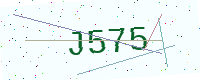
Text: J575